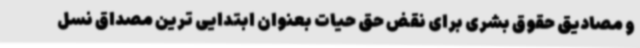
و مصادیق حقوق بشری برای نقض حق حیات بعنوان ابتدایی ترین مصداق نسل